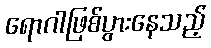
ရောဂါဖြစ်ပွားနေသည့်